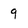
Character: 9